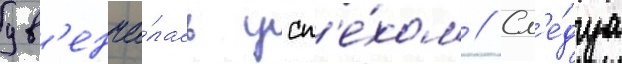
ув'енча́лась усп'е́хом // Сл'е́дуа